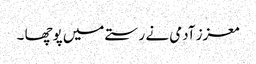
معزز آدمی نے رستے میں پوچھا ۔